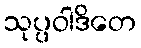
သုပ္ပဝါဒိတေ